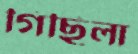
গিছিলা